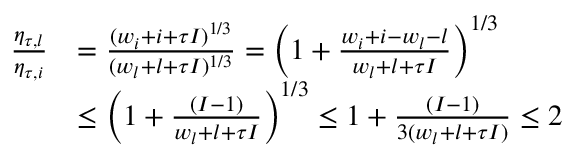
\begin{array} { r l } { \frac { \eta _ { \tau , l } } { \eta _ { \tau , i } } } & { = \frac { ( w _ { i } + i + \tau I ) ^ { 1 / 3 } } { ( w _ { l } + l + \tau I ) ^ { 1 / 3 } } = \bigg ( 1 + \frac { w _ { i } + i - w _ { l } - l } { w _ { l } + l + \tau I } \bigg ) ^ { 1 / 3 } } \\ & { \leq \bigg ( 1 + \frac { ( I - 1 ) } { w _ { l } + l + \tau I } \bigg ) ^ { 1 / 3 } \leq 1 + \frac { ( I - 1 ) } { 3 ( w _ { l } + l + \tau I ) } \leq 2 } \end{array}